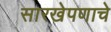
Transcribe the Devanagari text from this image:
सारखेपणाचे